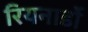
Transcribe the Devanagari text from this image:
रियनार्डो